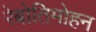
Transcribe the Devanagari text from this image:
रेबोतिमोहन